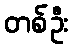
တစ်ဦး